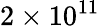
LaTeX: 2\times 10^{11}